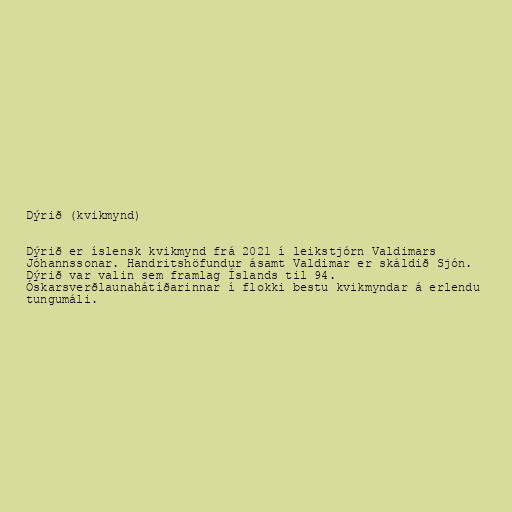
Dýrið (kvikmynd)

Dýrið er íslensk kvikmynd frá 2021 í leikstjórn Valdimars
Jóhannssonar. Handritshöfundur ásamt Valdimar er skáldið Sjón.
Dýrið var valin sem framlag Íslands til 94.
Óskarsverðlaunahátíðarinnar í flokki bestu kvikmyndar á erlendu
tungumáli.